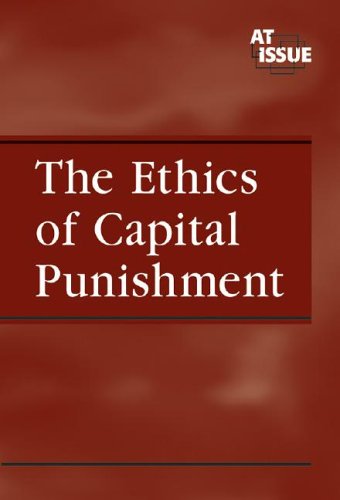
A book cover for The Ethics of Capital Punishment (At Issue); Christina Fisanick; Teen & Young Adult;